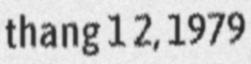
thang 1 2, 1979